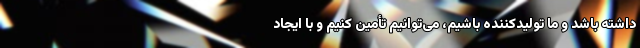
داشته باشد و ما تولیدکننده باشیم، می‌توانیم تأمین کنیم و با ایجاد